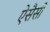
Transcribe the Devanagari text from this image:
ऐसैसी